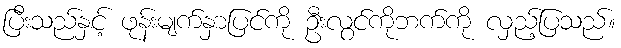
ပြီးသည်နှင့် ဖုန်းမျက်နှာပြင်ကို ဦးလွင်ကိုဘက်ကို လှည့်ပြသည်။